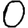
Digit: 0